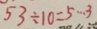
5 3 \div 1 0 = 5 \cdots 3